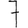
Digit: 7